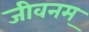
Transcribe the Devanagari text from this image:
जीवनम्‌